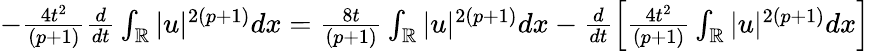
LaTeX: \begin{array}{r}{-\frac{4t^{2}}{(p+1)}\frac{d}{dt}\int_{\mathbb{R}}|u|^{2(p+1)}dx=\frac{8t}{(p+1)}\int_{\mathbb{R}}|u|^{2(p+1)}dx-\frac{d}{dt}\left[\frac{4t^{2}}{(p+1)}\int_{\mathbb{R}}|u|^{2(p+1)}dx\right]}\end{array}